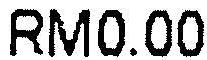
RM0.00